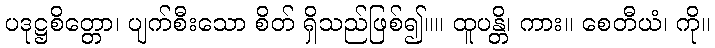
ပဒုဋ္ဌစိတ္တော၊ ပျက်စီးသော စိတ် ရှိသည်ဖြစ်၍။။ ထူပန္တိ၊ ကား။ စေတီယံ၊ ကို။